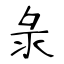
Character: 彔